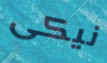
نيكى